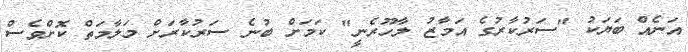
އަނެއް ބަޔަކު "ސަރުކާރުގެ އަމާޒު ލާހޫރެނީ" ކަމަށް ބުނެ ސަރުކާރަށް މަލާމަތް ކޮށްވެސް